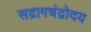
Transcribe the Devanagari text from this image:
सद्रागचंद्रोदय